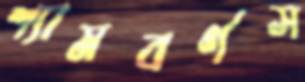
শ্যামবর্ণস